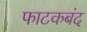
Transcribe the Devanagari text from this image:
फाटकबंद